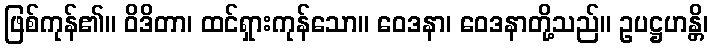
ဖြစ်ကုန်၏။ ဝိဒိတာ၊ ထင်ရှားကုန်သော။ ဝေဒနာ၊ ဝေဒနာတို့သည်။ ဥပဋ္ဌဟန္တိ၊